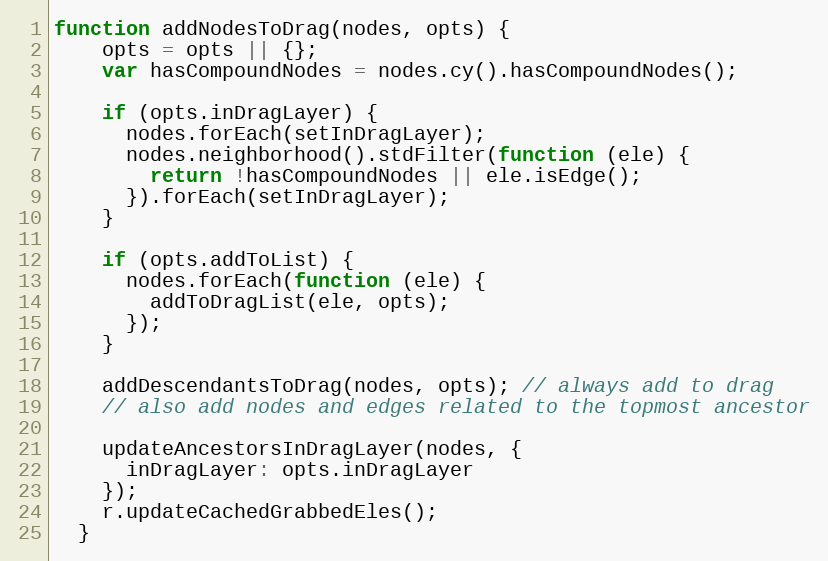
Language: JavaScript
function addNodesToDrag(nodes, opts) {
    opts = opts || {};
    var hasCompoundNodes = nodes.cy().hasCompoundNodes();

    if (opts.inDragLayer) {
      nodes.forEach(setInDragLayer);
      nodes.neighborhood().stdFilter(function (ele) {
        return !hasCompoundNodes || ele.isEdge();
      }).forEach(setInDragLayer);
    }

    if (opts.addToList) {
      nodes.forEach(function (ele) {
        addToDragList(ele, opts);
      });
    }

    addDescendantsToDrag(nodes, opts); // always add to drag
    // also add nodes and edges related to the topmost ancestor

    updateAncestorsInDragLayer(nodes, {
      inDragLayer: opts.inDragLayer
    });
    r.updateCachedGrabbedEles();
  }